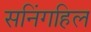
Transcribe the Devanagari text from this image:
सनिंगहिल